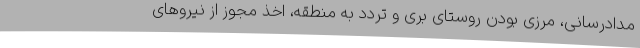
مدادرسانی، مرزی بودن روستای بری و تردد به منطقه، اخذ مجوز از نیروهای